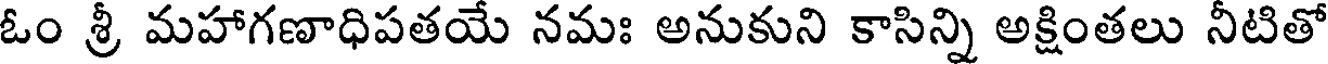
ఓం శ్రీ మహాగణాధిపతయే నమః అనుకుని కాసిన్ని అక్షింతలు నీటితో